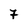
Character: 7